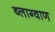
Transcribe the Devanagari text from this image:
ब्लाग्वाण